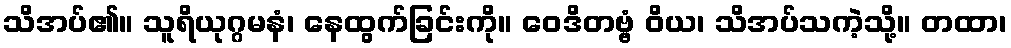
သိအပ်၏။ သူရိယုဂ္ဂမနံ၊ နေထွက်ခြင်းကို။ ဝေဒိတဗ္ဗံ ဝိယ၊ သိအပ်သကဲ့သို့။ တထာ၊